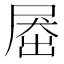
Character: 𡲗